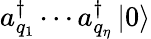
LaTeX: a_{q_{1}}^{\dagger}\cdots a_{q_{\eta}}^{\dagger}\mathinner{|{0}\rangle}